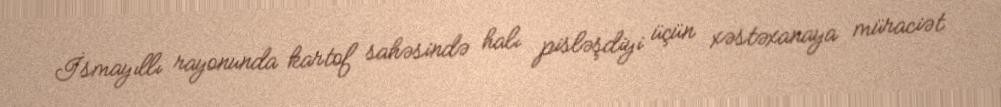
İsmayıllı rayonunda kartof sahəsində halı pisləşdiyi üçün xəstəxanaya müraciət